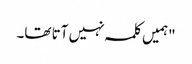
"ہمیں کلمہ نہیں آتا تھا۔